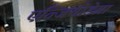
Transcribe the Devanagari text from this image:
एन्जियोडेमा